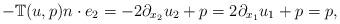
LaTeX: \begin{align*}-\mathbb{T}(u,p)n\cdot e_2= -2\partial_{x_2} u_2 +p=2\partial_{x_1} u_1 +p=p,\end{align*}